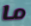
ما